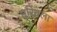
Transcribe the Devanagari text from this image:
धरियला